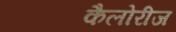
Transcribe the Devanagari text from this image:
कैलोरीज